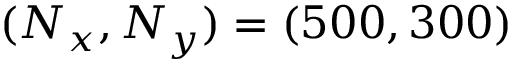
( N _ { x } , N _ { y } ) = ( 5 0 0 , 3 0 0 )